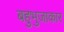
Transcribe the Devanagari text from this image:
बहुभुजाकार